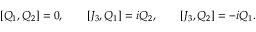
[ Q _ { 1 } , Q _ { 2 } ] = 0 , \qquad [ J _ { 3 } , Q _ { 1 } ] = i Q _ { 2 } , \qquad [ J _ { 3 } , Q _ { 2 } ] = - i Q _ { 1 } .